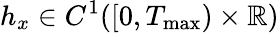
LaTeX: h_{x}\in C^{1}([0,T_{\operatorname*{max}})\times\mathbb R)